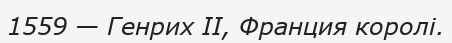
1559 — Генрих II, Франция королі.